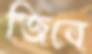
জিবে